Subject: cs
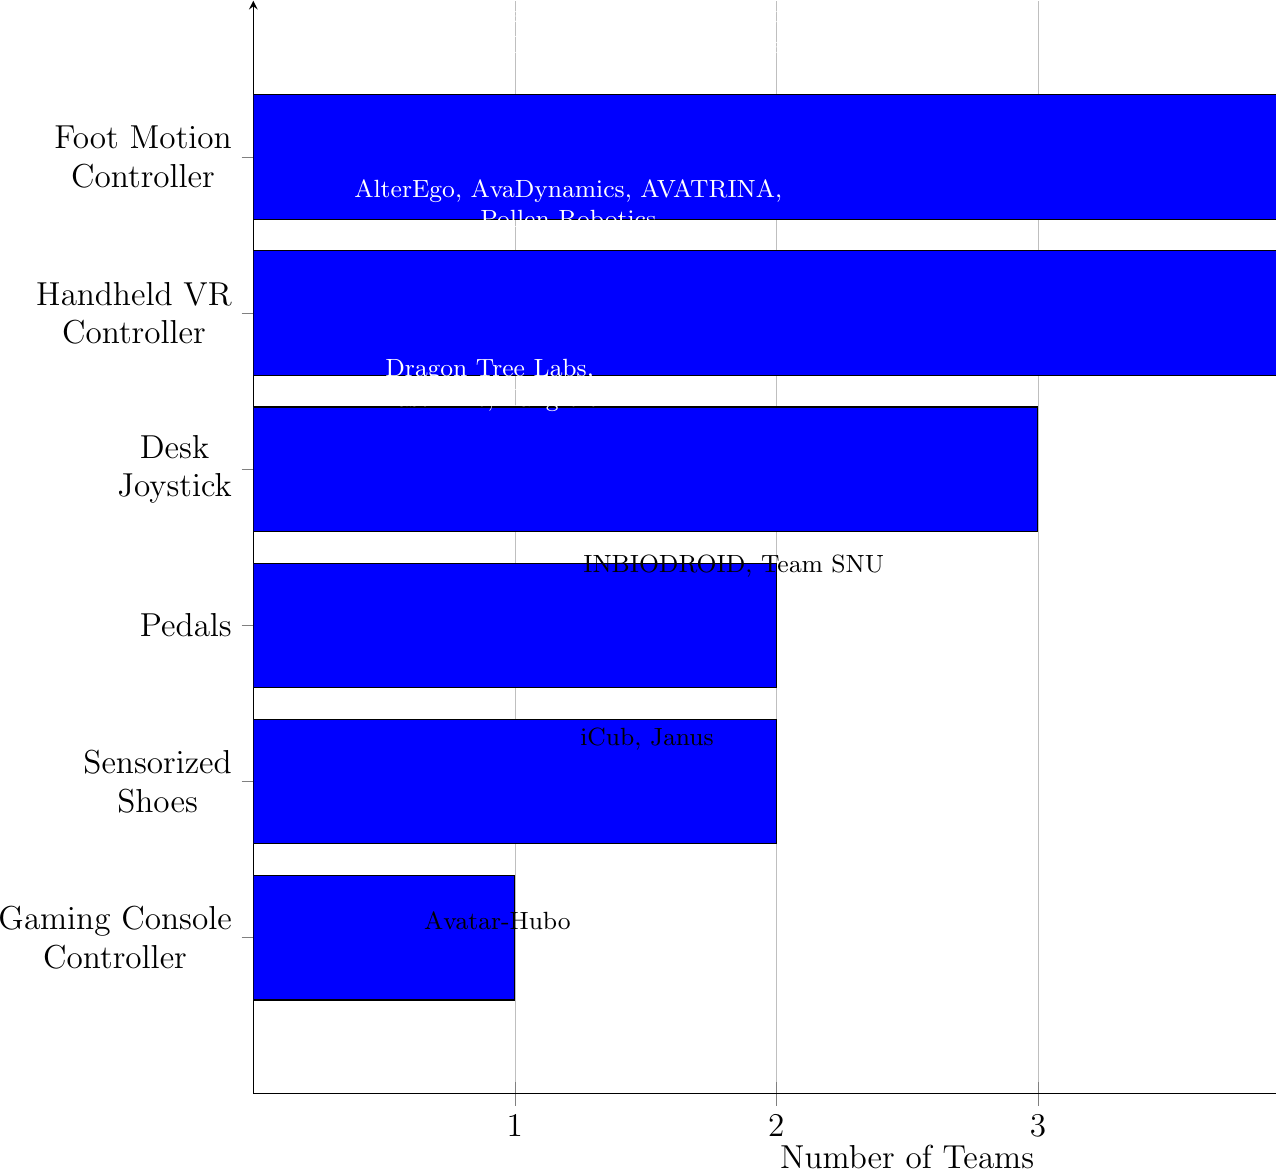
LaTeX code:
    \begin{tikzpicture}
    \begin{axis}[
        axis y line       = left,
        axis x line       = bottom,
        tickwidth         = 5pt,
        enlarge y limits  = 0.2,
        xmin              = 0,
        xmax              = 5,
        width             = 1.5\columnwidth,
        height            =0.8\textheight,
        yticklabels={
            Foot Motion\\Controller,
            Handheld VR\\Controller,
            Desk\\Joystick,
            Pedals,
            Sensorized\\Shoes,
            Gaming Console\\Controller
        },
        ytick             = data,
        xtick             = data,
        bar width         = 45pt,
        xlabel            = Number of Teams,
        xlabel style={
        font =\large,
        align=center
        },
        major grid style  = {
            line width = 0.2pt,
            draw=gray!50
            },
        ymajorgrids=false,
        xmajorgrids=true,
        xminorgrids=false,
        major tick length=3mm,
        minor tick length=2mm,
        y tick label style={
        font =\large,
        align=center
        },
        x tick label style={
        font =\large,
        align=center
        },
    ]
    \addplot[xbar,fill=blue] coordinates {
        (5,5)
        (4,4)
        (3,3)
        (2,2)
        (2,1)
        (1,0)
    };
    \end{axis}
    \node[font=\small, text=white, align=center] at (5,13.5) {Cyberselves $\vert$ Touchlab, i-Botics,\\ NimbRo, Team Northeastern, Team UNIST};
    \node[font=\small, text=white, align=center] at (4,11.3) {AlterEgo, AvaDynamics, AVATRINA,\\ Pollen Robotics};
    \node[font=\small, text=white, align=center] at (3,9) {Dragon Tree Labs,\\ Last Mile, Tangible};
    \node[font=\small, text=black, align=center] at (6.1,6.7) {INBIODROID, Team SNU};
    \node[font=\small, text=black, align=center] at (5,4.5) {iCub, Janus};
    \node[font=\small, text=black, align=center] at (3.1,2.2) {Avatar-Hubo};
    \end{tikzpicture}